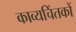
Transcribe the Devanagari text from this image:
काव्यचिंतकों